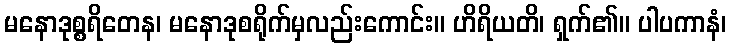
မနောဒုစ္စရိတေန၊ မနောဒုစရိုက်မှလည်းကောင်း။ ဟိရိယတိ၊ ရှက်၏။ ပါပကာနံ၊